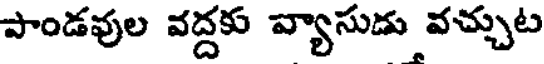
పాండవుల వద్దకు వ్యాసుడు వచ్చుట